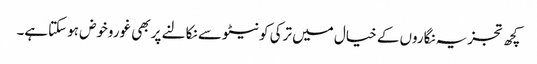
کچھ تجزیہ نگاروں کے خیال میں ترکی کو نیٹو سے نکالنے پر بھی غوروخوض ہوسکتاہے۔